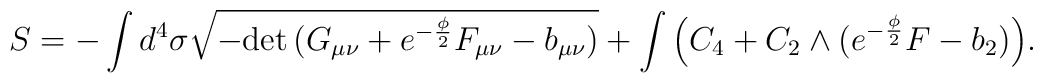
S = -\int d^4 \sigma \sqrt{-{\rm det}\, (G_{\mu\nu}+e^{-\frac{\phi}{2}} F_{\mu\nu}-b_{\mu\nu})}+\int \Big( C_4 + C_2 \wedge (e^{-\frac{\phi}{2}} F - b_2) \Big).